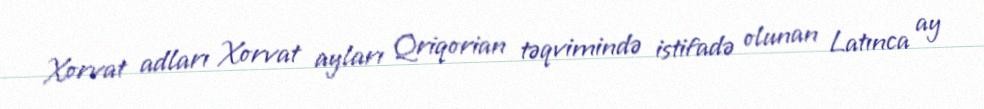
Xorvat adları Xorvat ayları Qriqorian təqvimində istifadə olunan Latınca ay